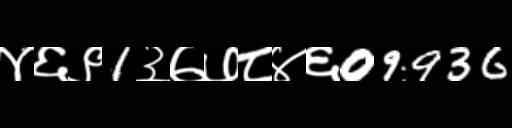
Text: ४६९1३७७८४६09936